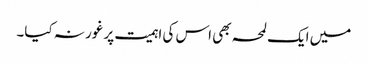
میں ایک لمحہ بھی اس کی اہمیت پر غور نہ کیا۔